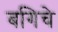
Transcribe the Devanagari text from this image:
बगिचे